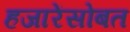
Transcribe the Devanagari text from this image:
हजारेंसोबत